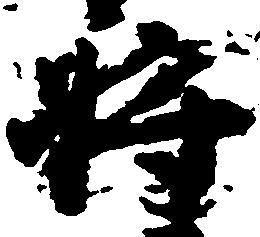
将